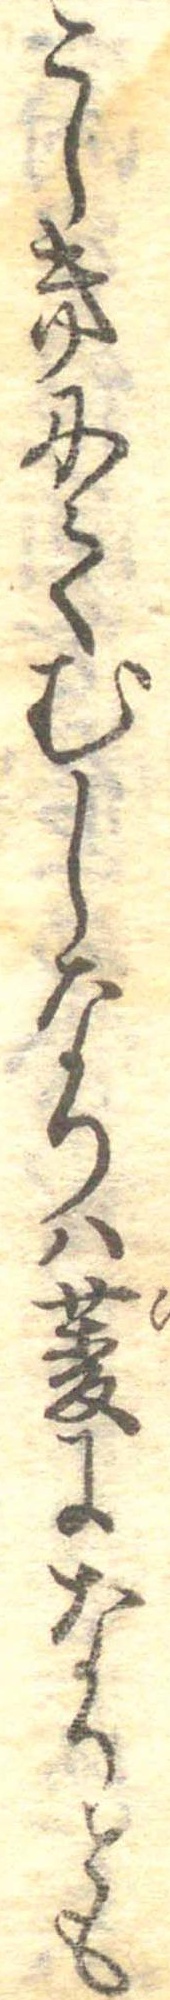
こしきにてむしなりは菱になりとも